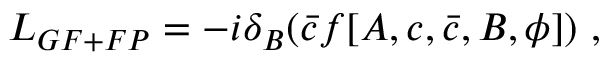
{ \cal L } _ { G F + F P } = - i \delta _ { B } ( \bar { c } f [ A , c , \bar { c } , B , \phi ] ) \ ,